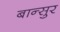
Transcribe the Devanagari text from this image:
बान्सुर